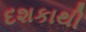
દશકાથી